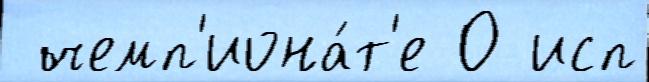
 чемп'иона́т'е 0 исп